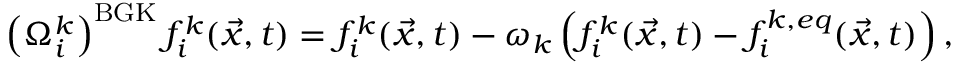
\left( \Omega _ { i } ^ { k } \right) ^ { \mathrm { B G K } } f _ { i } ^ { k } ( \vec { x } , t ) = f _ { i } ^ { k } ( \vec { x } , t ) - \omega _ { k } \left( f _ { i } ^ { k } ( \vec { x } , t ) - f _ { i } ^ { k , e q } ( \vec { x } , t ) \right) ,